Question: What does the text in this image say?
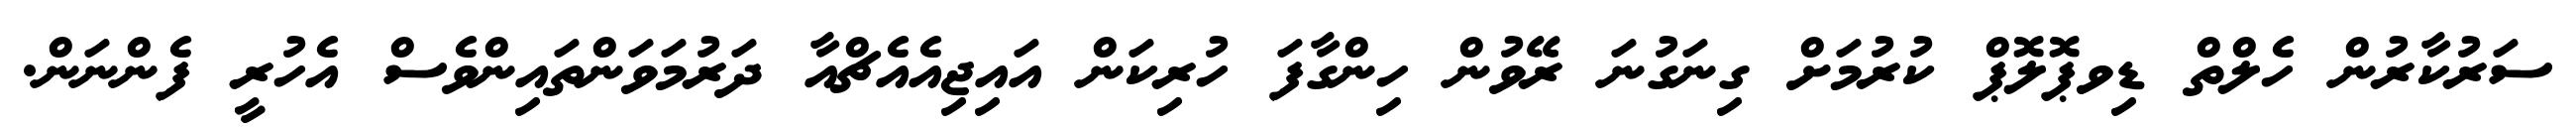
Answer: ސަރުކާރުން ހެލްތް ޑިވޕޮލޮޕް ކުރުމަށް ގިނަގުނަ ރޭވުން ހިންގާފަ ހުރިކަން އައިޖިއެއެޗްއާ ދަރުމަވަންތައިންވެސް އެހުރީ ފެންނަން.